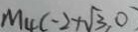
M _ { 4 } ( - 2 + \sqrt { 3 } , 0 )